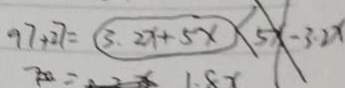
9 7 + 2 7 = \textcircled { 3 . 2 x + 5 x } < 5 x - 3 . 2 x